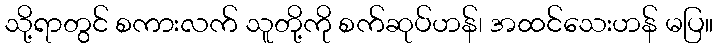
သို့ရာတွင် စကားလက် သူတို့ကို စက်ဆုပ်ဟန်၊ အထင်သေးဟန် မပြ။